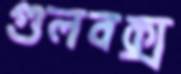
গুলবক্স